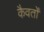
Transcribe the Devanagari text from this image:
कैवर्तों